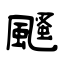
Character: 颾